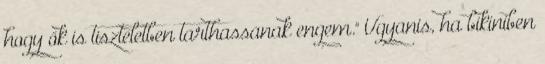
hogy ők is tiszteletben tarthassanak engem." Ugyanis, ha bikiniben